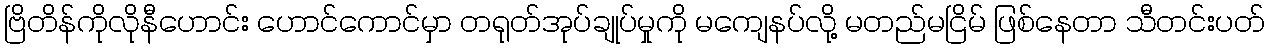
ဗြိတိန်ကိုလိုနီဟောင်း ဟောင်ကောင်မှာ တရုတ်အုပ်ချုပ်မှုကို မကျေနပ်လို့ မတည်မငြိမ် ဖြစ်နေတာ သီတင်းပတ်